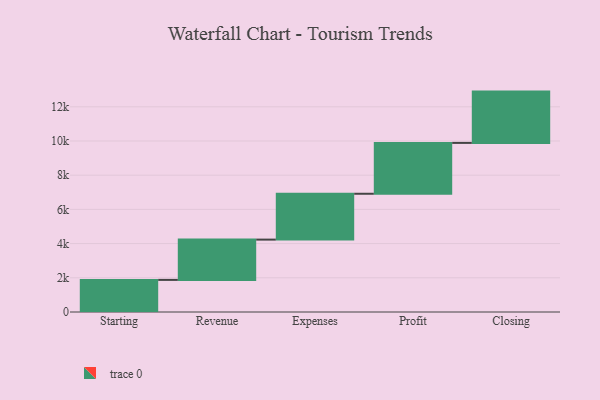
{"axis": {"x": "Step", "y": "Value"}, "legend": [""], "data": [{"x": "Starting", "y": 1877.0, "type": ""}, {"x": "Revenue", "y": 2356.0, "type": ""}, {"x": "Expenses", "y": 2681.0, "type": ""}, {"x": "Profit", "y": 2974.0, "type": ""}, {"x": "Closing", "y": 3000, "type": ""}]}